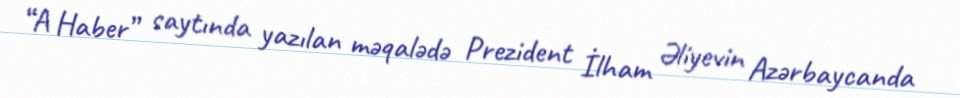
“A Haber” saytında yazılan məqalədə Prezident İlham Əliyevin Azərbaycanda